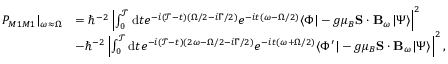
\begin{array} { r l } { P _ { M 1 M 1 } | _ { \omega \approx \Omega } } & { = \hbar ^ { - 2 } \left\vert \int _ { 0 } ^ { \mathcal { T } } \mathrm { d } t e ^ { - i ( \mathcal { T } - t ) ( \Omega / 2 - i \Gamma / 2 ) } e ^ { - i t ( \omega - \Omega / 2 ) } \langle \Phi | - g \mu _ { B } \mathbf { S } \cdot \mathbf { B } _ { \omega } | \Psi \rangle \right\vert ^ { 2 } } \\ & { - \hbar ^ { - 2 } \left\vert \int _ { 0 } ^ { \mathcal { T } } \mathrm { d } t e ^ { - i ( \mathcal { T } - t ) ( 2 \omega - \Omega / 2 - i \Gamma / 2 ) } e ^ { - i t ( \omega + \Omega / 2 ) } \langle \Phi ^ { \prime } | - g \mu _ { B } \mathbf { S } \cdot \mathbf { B } _ { \omega } | \Psi \rangle \right\vert ^ { 2 } , } \end{array}